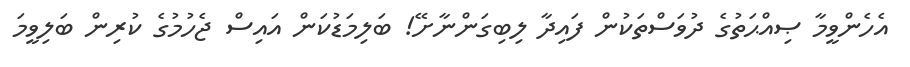
އެހެންވީމާ ޞިއްޙަތުގެ ދުވަސްތަކުން ފައިދާ ލިބިގަންނާށޭ! ބަލިމަޑުކަން އައިސް ޖެހުމުގެ ކުރިން ބަލިވީމަ